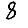
Digit: 8